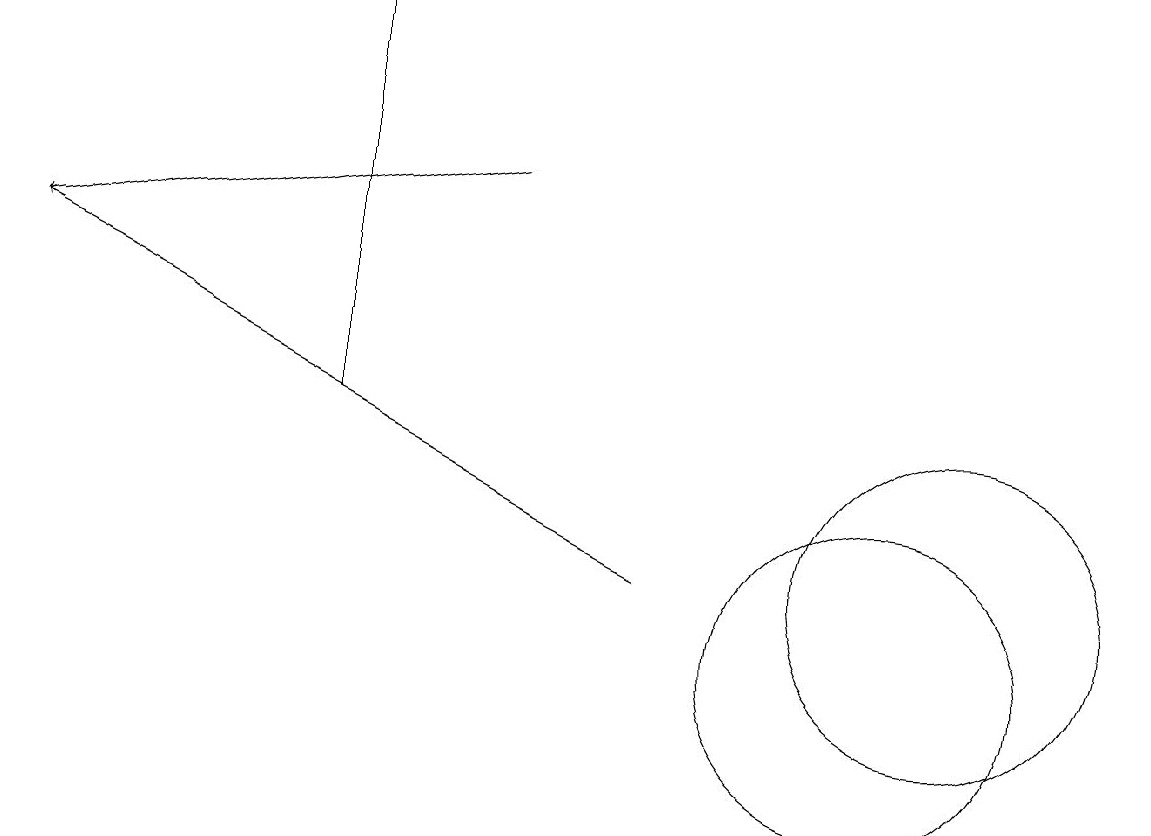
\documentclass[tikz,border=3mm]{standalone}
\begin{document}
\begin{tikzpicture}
\draw (4,13) rectangle (4,18);
\draw[->] (8,11) -- (0,15);
\draw (12,11) circle (2);
\draw (11,10) circle (2);
\draw[->] (6,16) -- (0,15);
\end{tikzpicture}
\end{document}